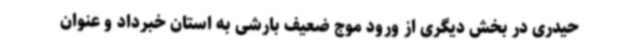
حیدری در بخش دیگری از ورود موج ضعیف بارشی به استان خبرداد و عنوان